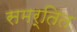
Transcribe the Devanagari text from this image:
समर्तित